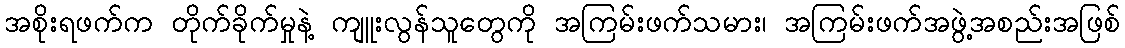
အစိုးရဖက်က တိုက်ခိုက်မှုနဲ့ ကျူးလွန်သူတွေကို အကြမ်းဖက်သမား၊ အကြမ်းဖက်အဖွဲ့အစည်းအဖြစ်